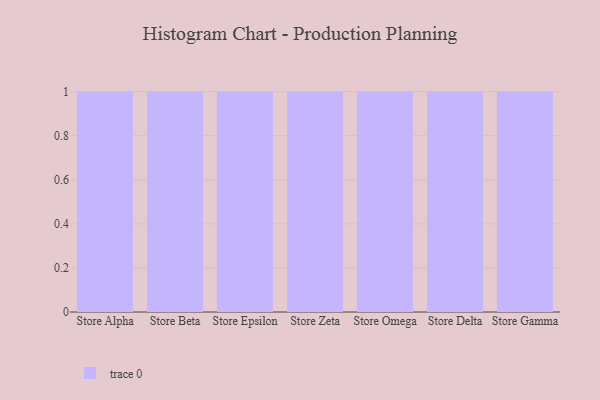
{"axis": {"x": "Store", "y": "Waste Production (Tons)"}, "legend": [""], "data": [{"x": "Store Alpha", "y": 42, "type": ""}, {"x": "Store Beta", "y": 66, "type": ""}, {"x": "Store Epsilon", "y": 23, "type": ""}, {"x": "Store Zeta", "y": 11, "type": ""}, {"x": "Store Omega", "y": 43, "type": ""}, {"x": "Store Delta", "y": 64, "type": ""}, {"x": "Store Gamma", "y": 88, "type": ""}]}